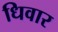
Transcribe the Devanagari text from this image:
धिवार